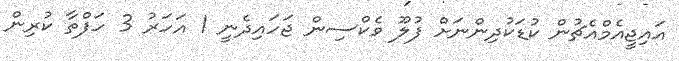
އައިޖީއެމްއެޗުން ކުޑަކުދިންނަށް ފުލޫ ވެކްސިން ޖަހައިދެނީ 1 އަހަރު 3 ހަފްތާ ކުރިން